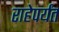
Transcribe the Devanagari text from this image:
राहेपर्यंत